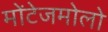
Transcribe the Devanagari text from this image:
मोंटेजमोलो